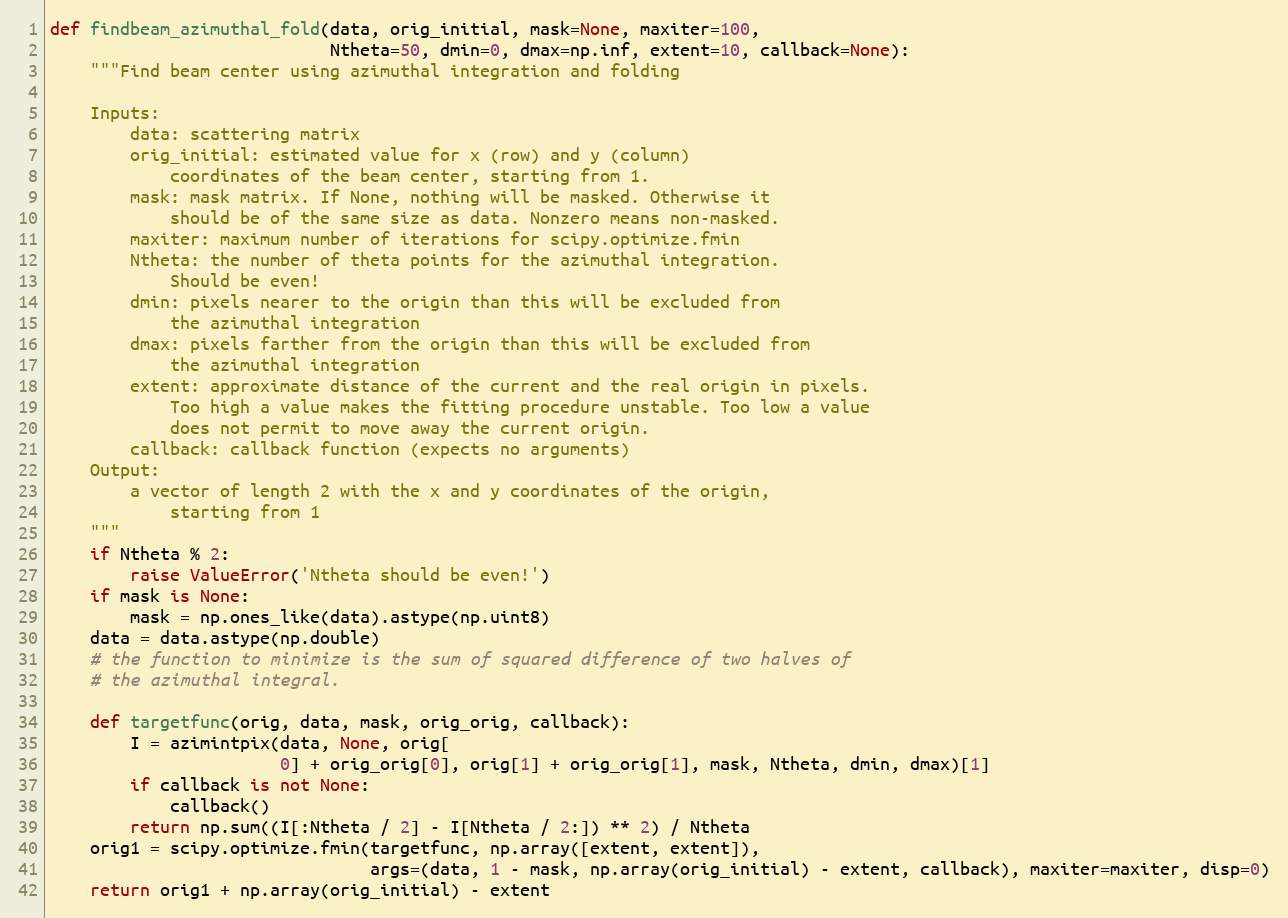
Language: Python
def findbeam_azimuthal_fold(data, orig_initial, mask=None, maxiter=100,
                            Ntheta=50, dmin=0, dmax=np.inf, extent=10, callback=None):
    """Find beam center using azimuthal integration and folding

    Inputs:
        data: scattering matrix
        orig_initial: estimated value for x (row) and y (column)
            coordinates of the beam center, starting from 1.
        mask: mask matrix. If None, nothing will be masked. Otherwise it
            should be of the same size as data. Nonzero means non-masked.
        maxiter: maximum number of iterations for scipy.optimize.fmin
        Ntheta: the number of theta points for the azimuthal integration.
            Should be even!
        dmin: pixels nearer to the origin than this will be excluded from
            the azimuthal integration
        dmax: pixels farther from the origin than this will be excluded from
            the azimuthal integration
        extent: approximate distance of the current and the real origin in pixels.
            Too high a value makes the fitting procedure unstable. Too low a value
            does not permit to move away the current origin.
        callback: callback function (expects no arguments)
    Output:
        a vector of length 2 with the x and y coordinates of the origin,
            starting from 1
    """
    if Ntheta % 2:
        raise ValueError('Ntheta should be even!')
    if mask is None:
        mask = np.ones_like(data).astype(np.uint8)
    data = data.astype(np.double)
    # the function to minimize is the sum of squared difference of two halves of
    # the azimuthal integral.

    def targetfunc(orig, data, mask, orig_orig, callback):
        I = azimintpix(data, None, orig[
                       0] + orig_orig[0], orig[1] + orig_orig[1], mask, Ntheta, dmin, dmax)[1]
        if callback is not None:
            callback()
        return np.sum((I[:Ntheta / 2] - I[Ntheta / 2:]) ** 2) / Ntheta
    orig1 = scipy.optimize.fmin(targetfunc, np.array([extent, extent]),
                                args=(data, 1 - mask, np.array(orig_initial) - extent, callback), maxiter=maxiter, disp=0)
    return orig1 + np.array(orig_initial) - extent